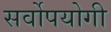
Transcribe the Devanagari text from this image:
सर्वोपयोगी